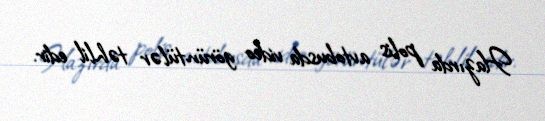
Hazırda polis avtobusda video görüntülər təhlil edir.